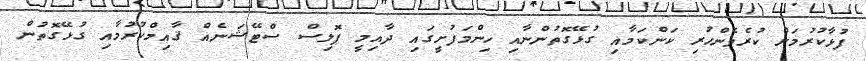
ފުޅާކުރުމަށް ކުރެވެންހުރި ކަންކަމާއި ގުޅޭގޮތުންނާއި ހިންމަފުށީގައި ދާއިމީ ޕޮލިސް ސްޓޭޝަނެއް ޤާއިމްކުރުމާއި ގުޅޭގޮތުން